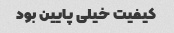
کیفیت خیلی پایین بود